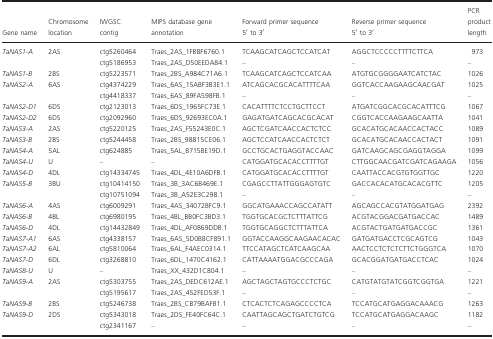
<table><thead><tr><td><b>Gene name</b></td><td><b>Chromosome location</b></td><td><b>IWGSC contig</b></td><td><b>MIPS database gene annotation</b></td><td><b>Forward primer sequence 5′ to 3′</b></td><td><b>Reverse primer sequence 5′ to 3′</b></td><td><b>PCR product length</b></td></tr></thead><tbody><tr><td rowspan="2"><i>TaNAS1‐A</i></td><td rowspan="2">2AS</td><td>ctg5260464</td><td>Traes_2AS_1FB8F6760.1</td><td>TCAAGCATCAGCTCCATCAT</td><td>AGGCTCCCCCTTTTCTTCA</td><td>973</td></tr><tr><td>ctg5186953</td><td>Traes_2AS_D50EEDA84.1</td><td>–</td><td>–</td><td>–</td></tr><tr><td><i>TaNAS1‐B</i></td><td>2BS</td><td>ctg5223571</td><td>Traes_2BS_A984C71A6.1</td><td>TCAAGCATCAGCTCCATCAA</td><td>ATGTGCGGGGAATCATCTAC</td><td>1026</td></tr><tr><td rowspan="2"><i>TaNAS2‐A</i></td><td rowspan="2">6AS</td><td>ctg4374229</td><td>Traes_6AS_15ABF3B3E1.1</td><td>ATCAGCACGCACATTTTCAA</td><td>GGTCACCAAGAAGCAACGAT</td><td>1025</td></tr><tr><td>ctg4418337</td><td>Traes_6AS_89FA598FB.1</td><td>–</td><td>–</td><td>–</td></tr><tr><td><i>TaNAS2‐D1</i></td><td>6DS</td><td>ctg2123013</td><td>Traes_6DS_1965FC73E.1</td><td>CACATTTTCTCCTGCTTCCT</td><td>ATGATCGGCACGCACATTTCG</td><td>1067</td></tr><tr><td><i>TaNAS2‐D2</i></td><td>6DS</td><td>ctg2092960</td><td>Traes_6DS_92693EC0A.1</td><td>GAGATGATCAGCACGCACAT</td><td>CGGTCACCAAGAAGCAATTA</td><td>1041</td></tr><tr><td><i>TaNAS3‐A</i></td><td>2AS</td><td>ctg5220125</td><td>Traes_2AS_F55243E0C.1</td><td>AGCTCGATCAACCACTCTCC</td><td>GCACATGCACAACCACTACC</td><td>1089</td></tr><tr><td><i>TaNAS3‐B</i></td><td>2BS</td><td>ctg5244458</td><td>Traes_2BS_98815CE06.1</td><td>AGCTCCATCAACCACTCTCT</td><td>GCACATGCACAACCACTACT</td><td>1091</td></tr><tr><td><i>TaNAS4‐A</i></td><td>5AL</td><td>ctg624885</td><td>Traes_5AL_8715BE19D.1</td><td>GCCTGCACTGAGGTACCAAC</td><td>GATCAAGCAGCGAGGTAGGA</td><td>1099</td></tr><tr><td><i>TaNAS4‐U</i></td><td>U</td><td>–</td><td>–</td><td>CATGGATGCACACCTTTTGT</td><td>CTTGGCAACGATCGATCAGAAGA</td><td>1056</td></tr><tr><td><i>TaNAS4‐D</i></td><td>4DL</td><td>ctg14334745</td><td>Traes_4DL_4E10A6DFB.1</td><td>CATGGATGCACACCTTTTGT</td><td>CAATTACCACGTGTGGTTGC</td><td>1220</td></tr><tr><td rowspan="2"><i>TaNAS5‐B</i></td><td rowspan="2">3BU</td><td>ctg10414150</td><td>Traes_3B_3AC6B469E.1</td><td>CGAGCCTTATTGGGAGTGTC</td><td>GACCACACATGCACACGTTC</td><td>1205</td></tr><tr><td>ctg10751094</td><td>Traes_3B_A52E3C298.1</td><td>–</td><td>–</td><td>–</td></tr><tr><td><i>TaNAS6‐A</i></td><td>4AS</td><td>ctg6009291</td><td>Traes_4AS_34072BFC9.1</td><td>GGCATGAAACCAGCCATATT</td><td>AGCAGCCACGTATGGATGAG</td><td>2392</td></tr><tr><td><i>TaNAS6‐B</i></td><td>4BL</td><td>ctg6980195</td><td>Traes_4BL_BB0FC3BD3.1</td><td>TGGTGCACGCTCTTTATTCG</td><td>ACGTACGGACGATGACCAC</td><td>1489</td></tr><tr><td><i>TaNAS6‐D</i></td><td>4DL</td><td>ctg14432849</td><td>Traes_4DL_AF0869DDB.1</td><td>TGGTGCAGGCTCTTTATTCA</td><td>ACGTACTGATGATGACCGC</td><td>1361</td></tr><tr><td><i>TaNAS7‐A1</i></td><td>6AS</td><td>ctg4338157</td><td>Traes_6AS_5D0B8CF891.1</td><td>GGTACCAAGGCAAGAACACAC</td><td>GATGATGACCTCGCAGTCG</td><td>1043</td></tr><tr><td><i>TaNAS7‐A2</i></td><td>6AL</td><td>ctg5810064</td><td>Traes_6AL_F4AEC0314.1</td><td>TTCCATAGCTCATCAAGCAA</td><td>AACTCCTCTCTCTTCTGGGTCA</td><td>1070</td></tr><tr><td><i>TaNAS7‐D</i></td><td>6DL</td><td>ctg3268810</td><td>Traes_6DL_1470C4162.1</td><td>CATTAAAATGGACGCCCAGA</td><td>GCACGGATGATGACCTCAC</td><td>1024</td></tr><tr><td><i>TaNAS8‐U</i></td><td>U</td><td>–</td><td>Traes_XX_432D1C804.1</td><td>–</td><td>–</td><td>–</td></tr><tr><td rowspan="2"><i>TaNAS9‐A</i></td><td rowspan="2">2AS</td><td>ctg5303755</td><td>Traes_2AS_DEDC612AE.1</td><td>AGCTAGCTAGTGCCCTCTGC</td><td>CATGTATGTATCGGTCGGTGA</td><td>1221</td></tr><tr><td>ctg5195617</td><td>Traes_2AS_452FED53F.1</td><td>–</td><td>–</td><td>–</td></tr><tr><td><i>TaNAS9‐B</i></td><td>2BS</td><td>ctg5246738</td><td>Traes_2BS_CB79BAFB1.1</td><td>CTCACTCTCAGAGCCCCTCA</td><td>TCCATGCATGAGGACAAACG</td><td>1263</td></tr><tr><td rowspan="2"><i>TaNAS9‐D</i></td><td rowspan="2">2DS</td><td>ctg5343018</td><td>Traes_2DS_FE40FC64C.1</td><td>CAATTAGCAGCTGATCTGTCG</td><td>TCCATGCATGAGGACAAGC</td><td>1182</td></tr><tr><td>ctg2341167</td><td>–</td><td>–</td><td>–</td><td>–</td></tr></tbody></table>